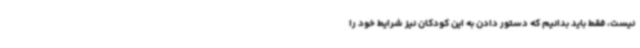
نیست، فقط باید بدانیم که دستور دادن به این کودکان نیز شرایط خود را